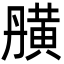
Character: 䵊